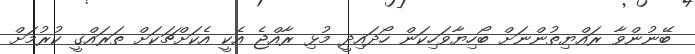
ބޭނުންވާ ރައްޔިތުންނަށް ބޯހިޔާވަހިކަން ހޯދައިދީ މުޅި ރާއްޖެ އެކީ އެކަށްޗަކަށް ތަރައްގީ ކުރުމަށް